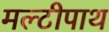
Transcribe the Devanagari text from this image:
मल्टीपाथ